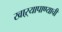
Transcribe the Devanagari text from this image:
खाऱ्यापाण्याची